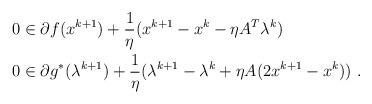
LaTeX: \begin{align*} & 0\in \partial f(x^{k+1})+\frac{1}{\eta} (x^{k+1}-x^k-\eta A^T\lambda^k)\\ & 0 \in \partial g^*(\lambda^{k+1})+\frac{1}{\eta} (\lambda^{k+1}-\lambda^k+\eta A(2x^{k+1}-x^k)) \ . \end{align*}